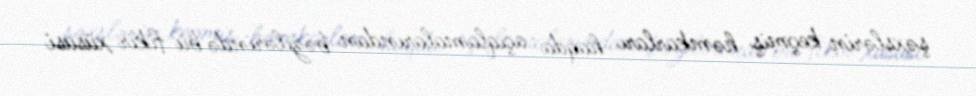
şəxslərin keçmiş həmkarları haqda açıqlamalarından bəzilərində bu fikir xüsusi